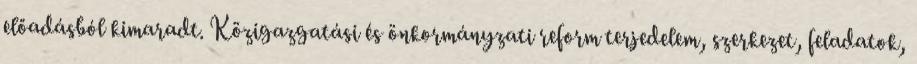
előadásból kimaradt. Közigazgatási és önkormányzati reform terjedelem, szerkezet, feladatok,